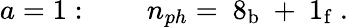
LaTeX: a=1:\qquad n_{ph}=\mathrm{{\mathbf~8_{b}~+~1_{f}~}}.